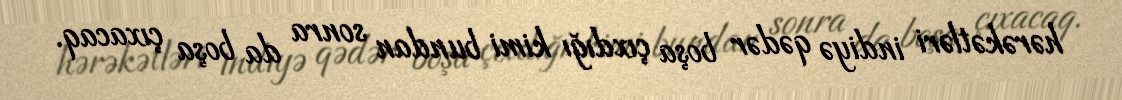
hərəkətləri indiyə qədər boşa çıxdığı kimi bundan sonra da boşa çıxacaq.